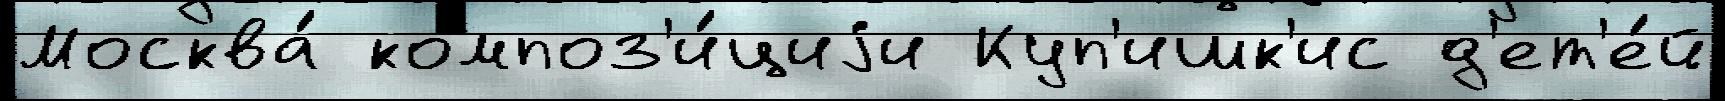
Москва́ композ'и́циjи Куп'ишк'ис д'ет'е́й